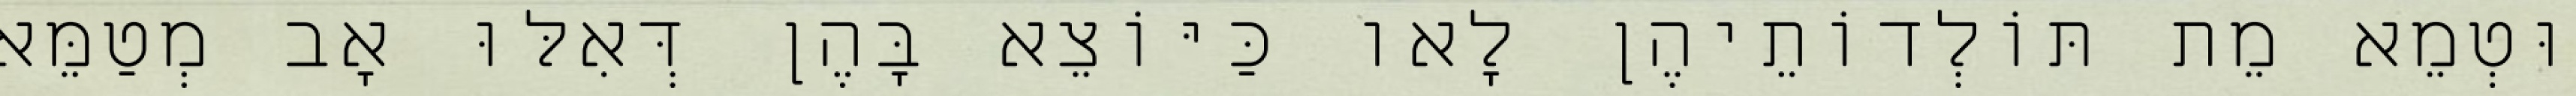
וּטְמֵא מֵת תּוֹלְדוֹתֵיהֶן לָאו כַּיּוֹצֵא בָּהֶן דְּאִלּוּ אָב מְטַמֵּא